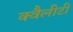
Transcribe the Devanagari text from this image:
क्वैलीटी